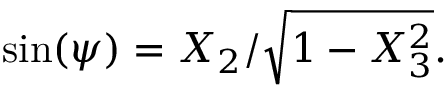
\sin ( \psi ) = X _ { 2 } / { \sqrt { 1 - X _ { 3 } ^ { 2 } } } .